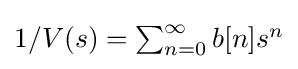
\textstyle 1/V(s)=\sum _{n=0}^{\infty }b[n]s^{n}